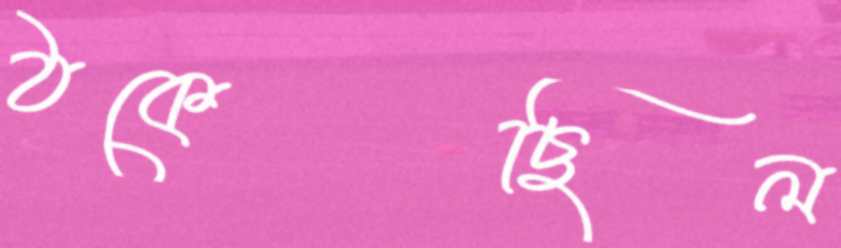
ঠকেছিল